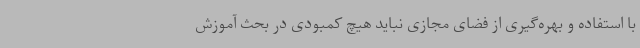
با استفاده و بهره‌گیری از فضای مجازی نباید هیچ کمبودی در بحث آموزش